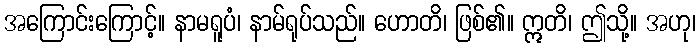
အကြောင်းကြောင့်။ နာမရူပံ၊ နာမ်ရုပ်သည်။ ဟောတိ၊ ဖြစ်၏။ ဣတိ၊ ဤသို့။ အဟု၊